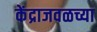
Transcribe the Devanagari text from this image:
केंद्राजवळच्या